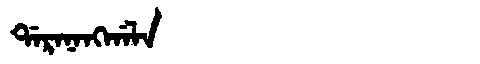
Manchu: ᡩᠠᡵᠠᠨᠠᠩᡤᠠᠯᠠ
Romanization: DARANANGGALA